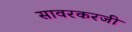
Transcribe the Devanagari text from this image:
सावरकरजी